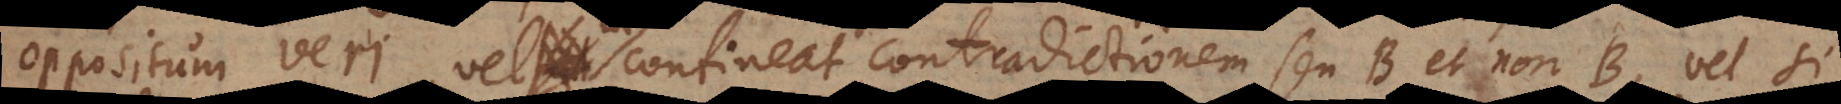
oppositum veri, vel ut contineat contradictionem seu B et non‐B, vel si